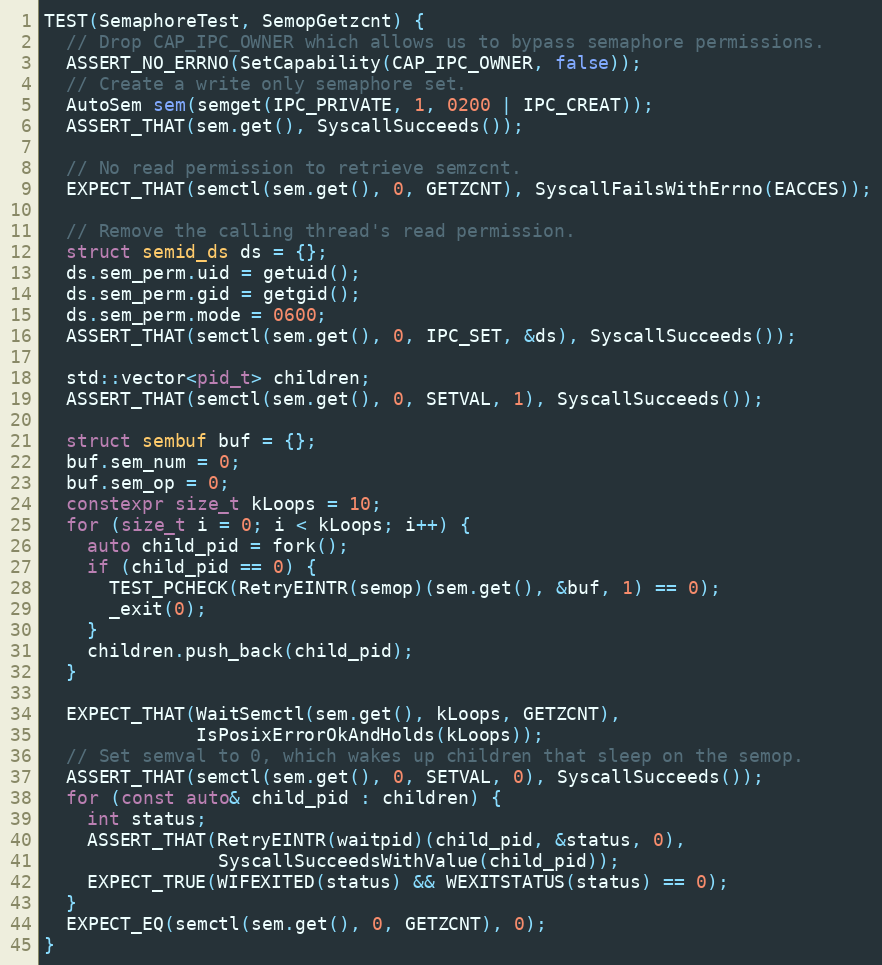
Language: C++
TEST(SemaphoreTest, SemopGetzcnt) {
  // Drop CAP_IPC_OWNER which allows us to bypass semaphore permissions.
  ASSERT_NO_ERRNO(SetCapability(CAP_IPC_OWNER, false));
  // Create a write only semaphore set.
  AutoSem sem(semget(IPC_PRIVATE, 1, 0200 | IPC_CREAT));
  ASSERT_THAT(sem.get(), SyscallSucceeds());

  // No read permission to retrieve semzcnt.
  EXPECT_THAT(semctl(sem.get(), 0, GETZCNT), SyscallFailsWithErrno(EACCES));

  // Remove the calling thread's read permission.
  struct semid_ds ds = {};
  ds.sem_perm.uid = getuid();
  ds.sem_perm.gid = getgid();
  ds.sem_perm.mode = 0600;
  ASSERT_THAT(semctl(sem.get(), 0, IPC_SET, &ds), SyscallSucceeds());

  std::vector<pid_t> children;
  ASSERT_THAT(semctl(sem.get(), 0, SETVAL, 1), SyscallSucceeds());

  struct sembuf buf = {};
  buf.sem_num = 0;
  buf.sem_op = 0;
  constexpr size_t kLoops = 10;
  for (size_t i = 0; i < kLoops; i++) {
    auto child_pid = fork();
    if (child_pid == 0) {
      TEST_PCHECK(RetryEINTR(semop)(sem.get(), &buf, 1) == 0);
      _exit(0);
    }
    children.push_back(child_pid);
  }

  EXPECT_THAT(WaitSemctl(sem.get(), kLoops, GETZCNT),
              IsPosixErrorOkAndHolds(kLoops));
  // Set semval to 0, which wakes up children that sleep on the semop.
  ASSERT_THAT(semctl(sem.get(), 0, SETVAL, 0), SyscallSucceeds());
  for (const auto& child_pid : children) {
    int status;
    ASSERT_THAT(RetryEINTR(waitpid)(child_pid, &status, 0),
                SyscallSucceedsWithValue(child_pid));
    EXPECT_TRUE(WIFEXITED(status) && WEXITSTATUS(status) == 0);
  }
  EXPECT_EQ(semctl(sem.get(), 0, GETZCNT), 0);
}